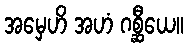
အမှေဟိ အဟံ ဂစ္ဆီယေ။